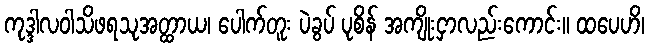
ကုဒ္ဒါလဝါသိဖရသုအတ္ထာယ၊ ပေါက်တူး ပဲခွပ် ပုစိန် အကျိုးငှာလည်းကောင်း။ ထပေဟိ၊